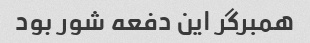
همبرگر این دفعه شور بود